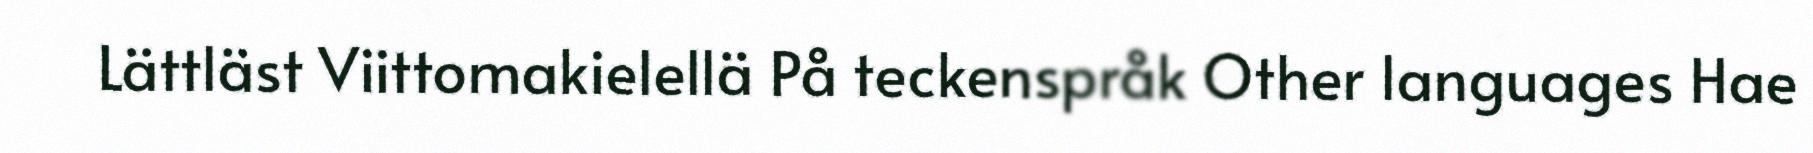
Lättläst Viittomakielellä På teckenspråk Other languages Hae